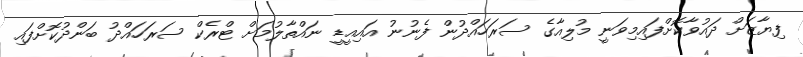
ފިޔާޒަށް ދައުވާކޮށްފައިމިވަނީ މުލިއާގެ ސަރަހައްދުން ފެނުނު އައިއީޑީ ނައްތާލުމަށް ޓްރެކް ސަރަހައްދު ބަންދުކޮށްފައި